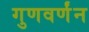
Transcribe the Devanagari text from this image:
गुणवर्णंन